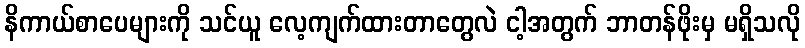
နိကာယ်စာပေများကို သင်ယူ လေ့ကျက်ထားတာတွေလဲ ငါ့အတွက် ဘာတန်ဖိုးမှ မရှိသလို